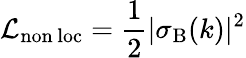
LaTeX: \mathcal{L}_{\mathrm{non\, loc}}={\frac{1}{2}}|\sigma_{\mathrm{B}}(k)|^{2}